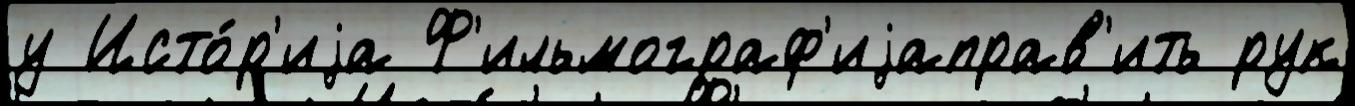
у Исто́р'иjа Ф'ильмограф'иjаправ'ить рук